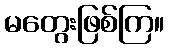
မတွေးဖြစ်ကြ။